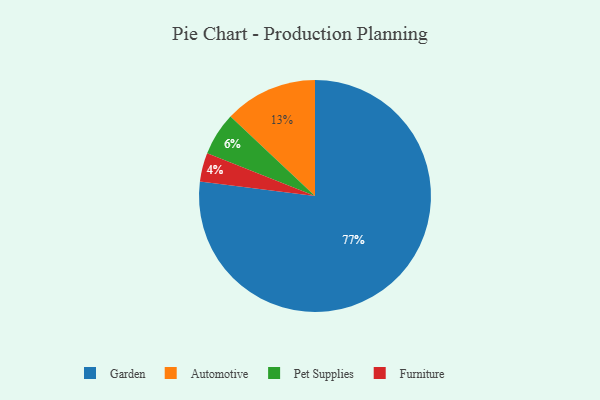
{"axis": {"x": "Category", "y": "Percentage"}, "legend": ["Automotive", "Furniture", "Garden", "Pet Supplies"], "data": [{"x": "Furniture", "y": 4, "type": "Furniture"}, {"x": "Automotive", "y": 13, "type": "Automotive"}, {"x": "Garden", "y": 77, "type": "Garden"}, {"x": "Pet Supplies", "y": 6, "type": "Pet Supplies"}]}